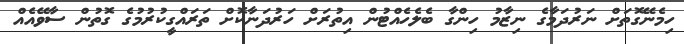
ހިމެނޭގޮތަށް ނަރުދަމާގެ ނިޒާމު ހިންގާ ބެލެހެއްޓުން އިތުރަށް ހަރުދަނާކޮށް ތަރައްގީކުރުމުގެ ގޮތުން ސާވޭއެއް